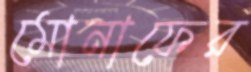
মোনাফের